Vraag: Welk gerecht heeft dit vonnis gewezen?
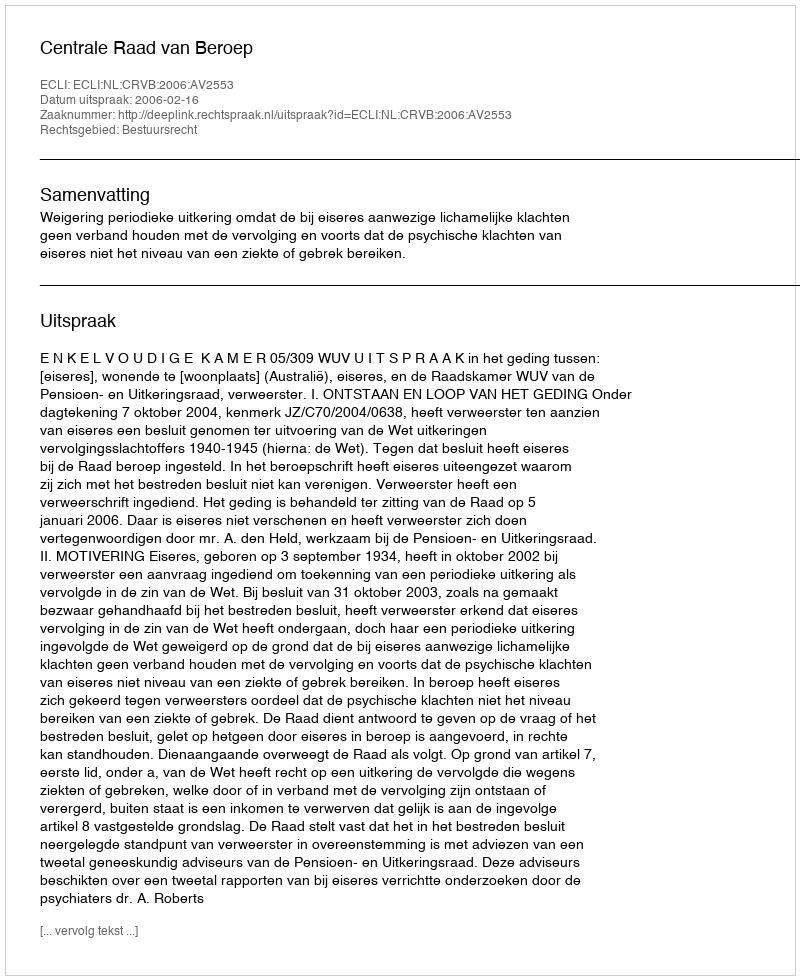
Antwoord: Centrale Raad van Beroep